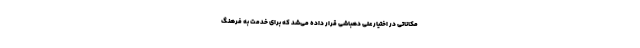
مکاناتی در اختیار علی دهباشی قرار داده می‌شد که برای خدمت به فرهنگ